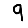
Digit: 9